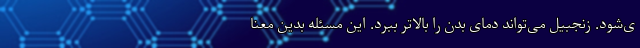
ی‌شود. زنجبیل می‌تواند دمای بدن را بالاتر ببرد. این مسئله بدین معنا